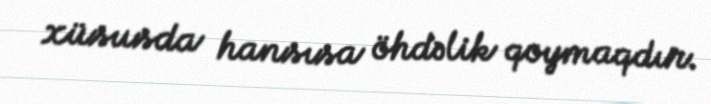
xüsusda hansısa öhdəlik qoymaqdır.